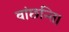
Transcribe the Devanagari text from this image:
वांछन्ति।